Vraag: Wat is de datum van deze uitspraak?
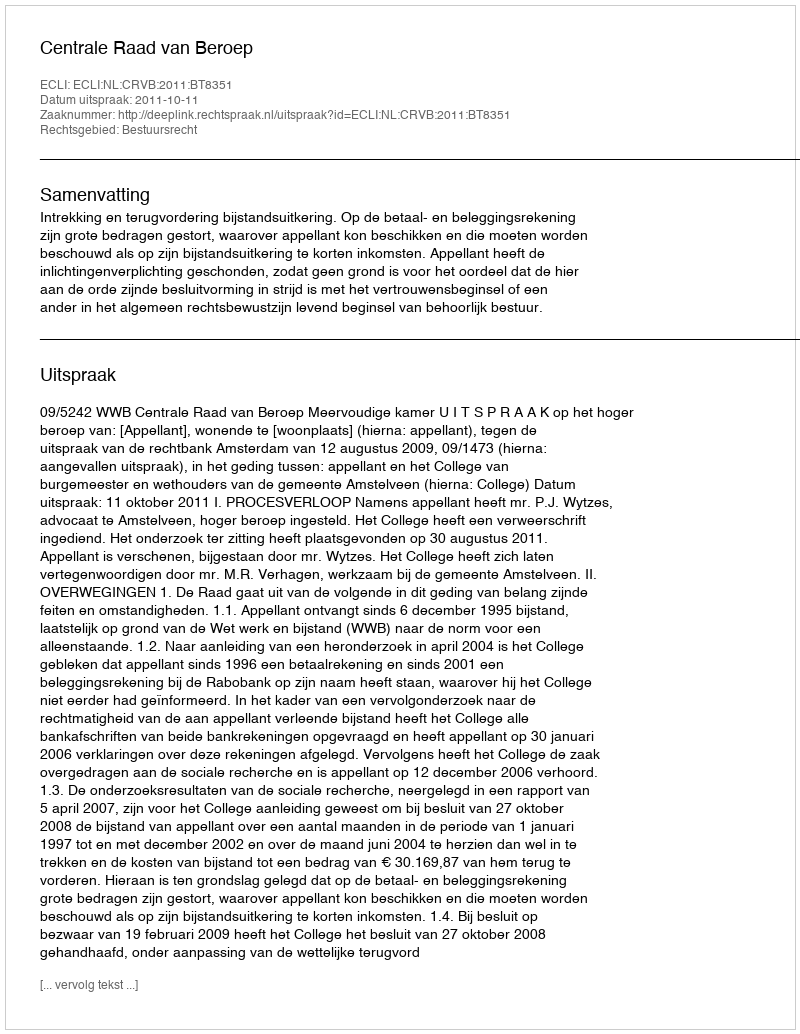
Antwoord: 2011-10-11